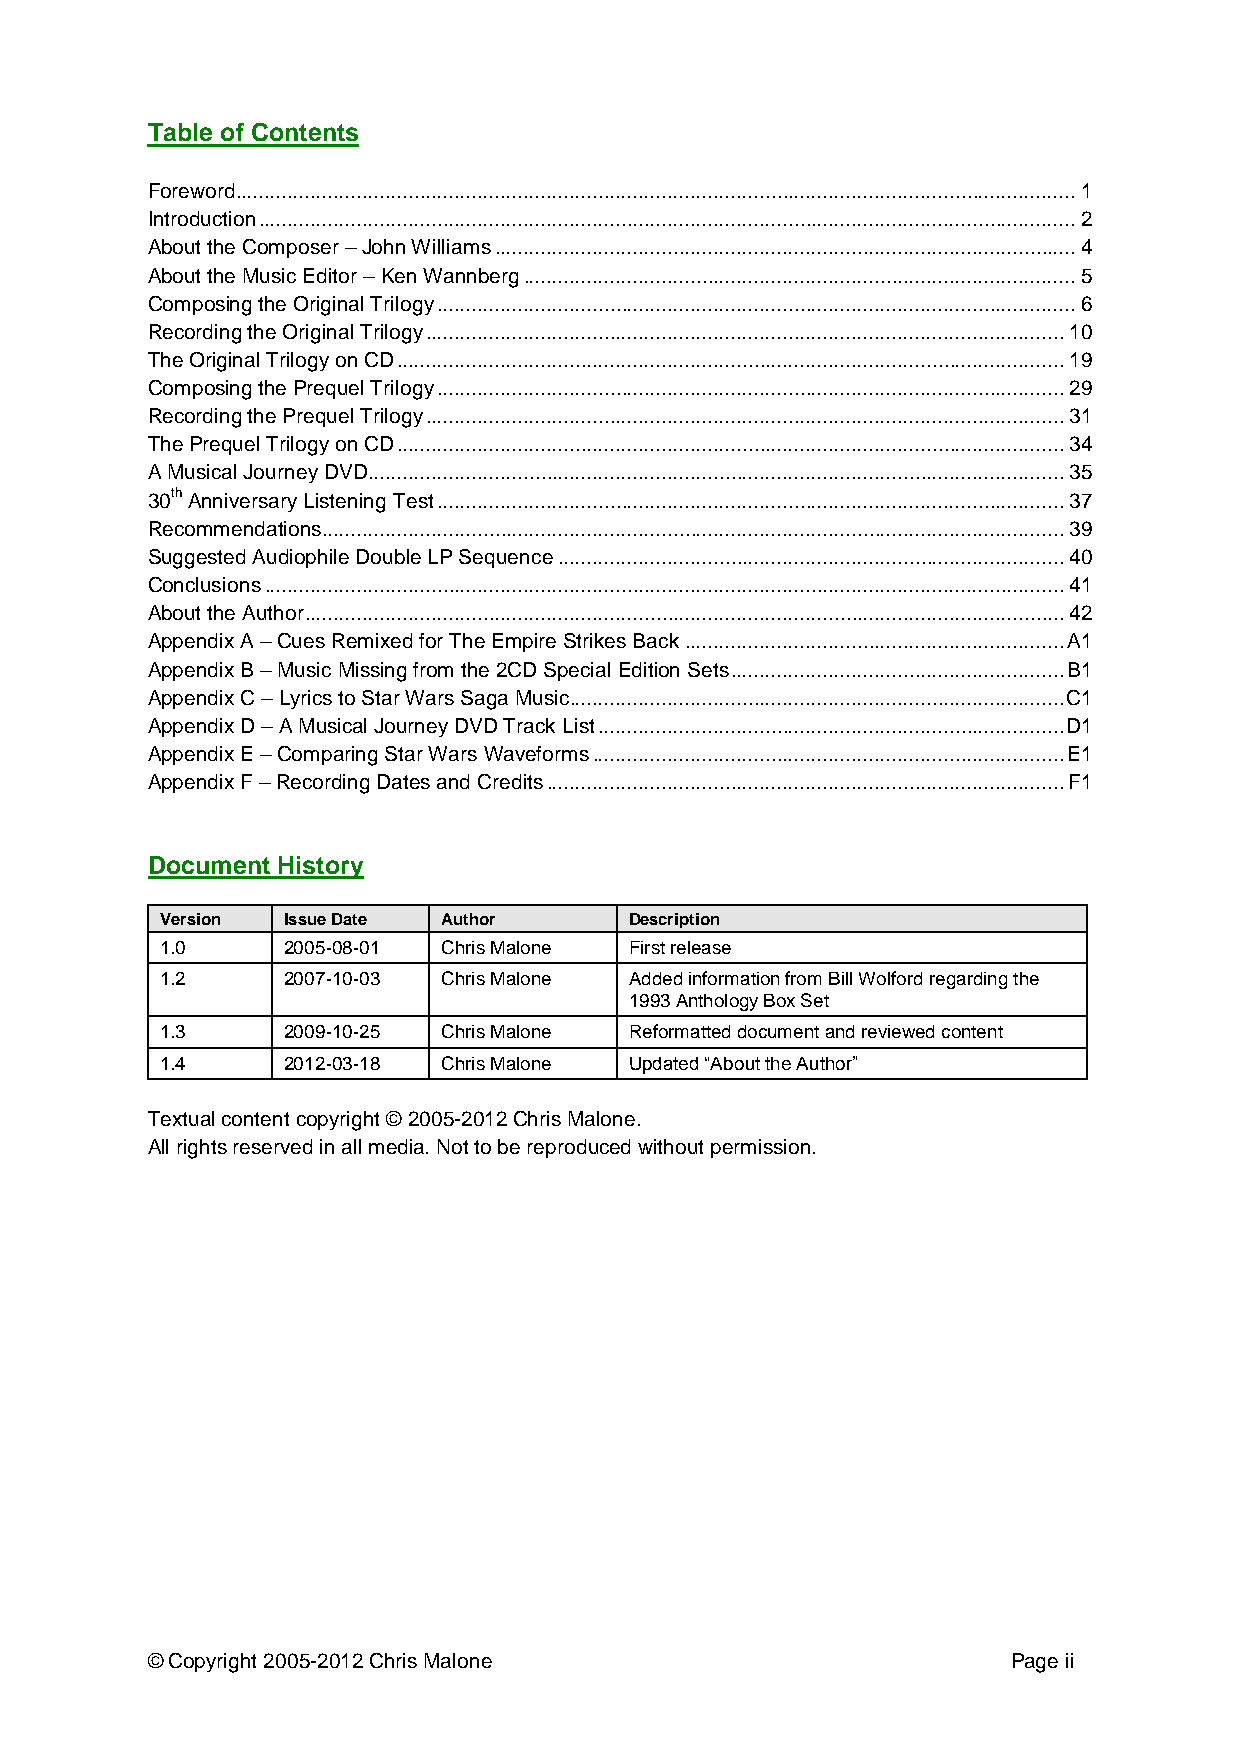
Table of Contents
 Foreword.................................................................................................................................................. 1
 Introduction .............................................................................................................................................. 2
 About the Composer – John Williams ..................................................................................................... 4
 About the Music Editor – Ken Wannberg ................................................................................................ 5
 Composing the Original Trilogy ............................................................................................................... 6
 Recording the Original Trilogy ............................................................................................................... 10
 The Original Trilogy on CD .................................................................................................................... 19
 Composing the Prequel Trilogy ............................................................................................................. 29
 Recording the Prequel Trilogy ............................................................................................................... 31
 The Prequel Trilogy on CD .................................................................................................................... 34
 A Musical Journey DVD ......................................................................................................................... 35
 30th Anniversary Listening Test ............................................................................................................. 37
 Recommendations ................................................................................................................................. 39
 Suggested Audiophile Double LP Sequence ........................................................................................ 40
 Conclusions ........................................................................................................................................... 41
 About the Author .................................................................................................................................... 42
 Appendix A – Cues Remixed for The Empire Strikes Back .................................................................. A1
 Appendix B – Music Missing from the 2CD Special Edition Sets .......................................................... B1
 Appendix C – Lyrics to Star Wars Saga Music...................................................................................... C1
 Appendix D – A Musical Journey DVD Track List ................................................................................. D1
 Appendix E – Comparing Star Wars Waveforms .................................................................................. E1
 Appendix F – Recording Dates and Credits .......................................................................................... F1
 Document History
 Version Issue Date Author      Description
 1.0     2005-08-01 Chris Malone First release
 1.2     2007-10-03 Chris Malone Added information from Bill Wolford regarding the
 1993 Anthology Box Set
 1.3     2009-10-25 Chris Malone Reformatted document and reviewed content
 1.4     2012-03-18 Chris Malone Updated “About the Author”
 Textual content copyright © 2005-2012 Chris Malone.
 All rights reserved in all media. Not to be reproduced without permission.
 © Copyright 2005-2012 Chris Malone                       Page ii